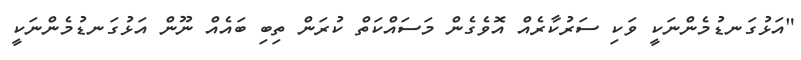
"އަޅުގަނޑުމެންނަކީ ވަކި ސަރުކާރެއް އޮވެގެން މަސައްކަތް ކުރަން ތިބި ބައެއް ނޫން އަޅުގަނޑުމެންނަކީ